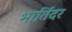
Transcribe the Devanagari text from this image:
भार्तिंदर